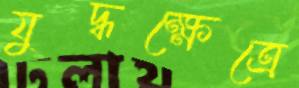
যুদ্ধক্ষেত্রে